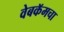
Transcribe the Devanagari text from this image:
वेबकॅमचा